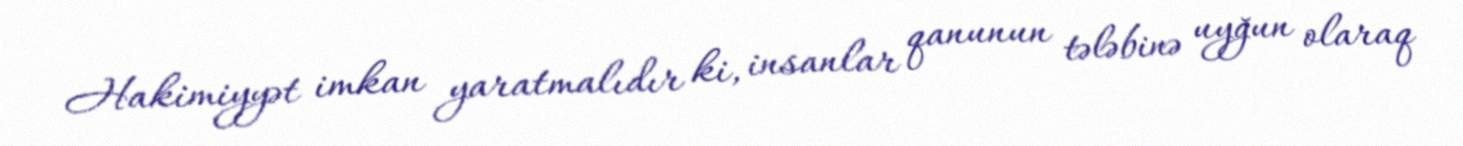
Hakimiyyət imkan yaratmalıdır ki, insanlar qanunun tələbinə uyğun olaraq